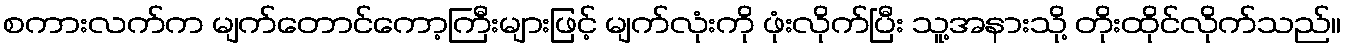
စကားလက်က မျက်တောင်ကော့ကြီးများဖြင့် မျက်လုံးကို ဖုံးလိုက်ပြီး သူ့အနားသို့ တိုးထိုင်လိုက်သည်။